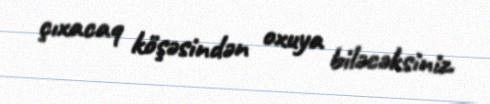
çıxacaq köşəsindən oxuya biləcəksiniz.